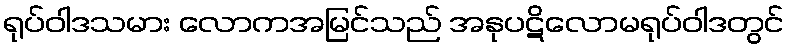
ရုပ်ဝါဒသမား လောကအမြင်သည် အနုပဋိလောမရုပ်ဝါဒတွင်